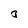
Character: a